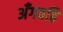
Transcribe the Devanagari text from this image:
अँगवहि